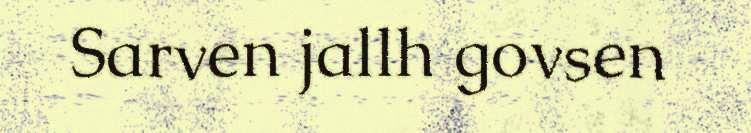
Sarven jallh govsen